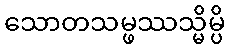
သောတသမ္ဖဿသ္မိမ္ပိ